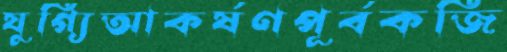
যুগ্যিআকর্ষণপূর্বকজি